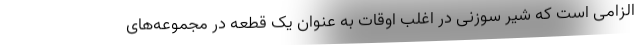
الزامی است که شیر سوزنی در اغلب اوقات به عنوان یک قطعه در مجموعه‌های